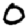
Digit: 0